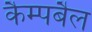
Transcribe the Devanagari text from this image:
कैम्पबैल